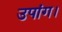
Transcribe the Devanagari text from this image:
उपांग।